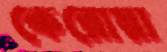
কেরোয়া